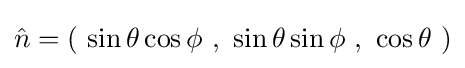
{\hat {n}}=\left(\ \sin \theta \cos \phi \ ,\ \sin \theta \sin \phi \ ,\ \cos \theta \ \right)